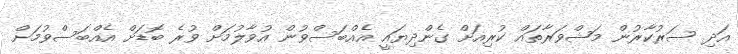
އަދި ސަރުކާރުން މަޝްވަރާތައް ކުރިއަށް ގެންދިޔައީ އެއްބަސްވުން އުވާލުމަށް ވުރެ ބޮޑަށް އެއްބަސްވުމަށް